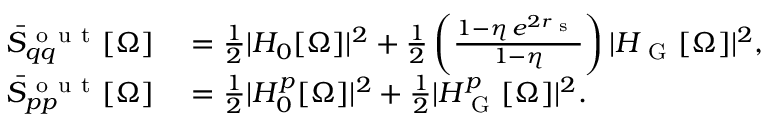
\begin{array} { r l } { \bar { S } _ { q q } ^ { \mathrm { ~ o ~ u ~ t ~ } } [ \Omega ] } & { { } = \frac { 1 } { 2 } | H _ { 0 } [ \Omega ] | ^ { 2 } + \frac { 1 } { 2 } \left( \frac { 1 - \eta \, e ^ { 2 r _ { \mathrm { ~ s ~ } } } } { 1 - \eta } \right) | H _ { \mathrm { ~ G ~ } } [ \Omega ] | ^ { 2 } , } \\ { \bar { S } _ { p p } ^ { \mathrm { ~ o ~ u ~ t ~ } } [ \Omega ] } & { { } = \frac { 1 } { 2 } | H _ { 0 } ^ { p } [ \Omega ] | ^ { 2 } + \frac { 1 } { 2 } | H _ { \mathrm { ~ G ~ } } ^ { p } [ \Omega ] | ^ { 2 } . } \end{array}